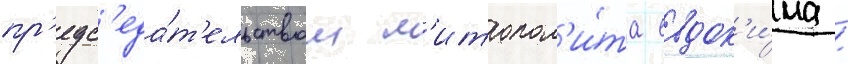
пр'едс'еда́т'ельством м'итропол'и́та евдок'и́ма /